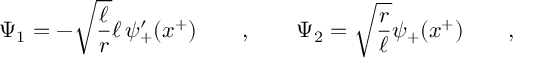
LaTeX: \Psi _ { 1 } = - \sqrt { \frac \ell r } \ell \, \psi _ { + } ^ { \prime } ( x ^ { + } ) \qquad , \qquad \Psi _ { 2 } = \sqrt { \frac r \ell } \psi _ { + } ( x ^ { + } ) \qquad ,